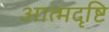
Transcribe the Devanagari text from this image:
आत्मदृष्टि